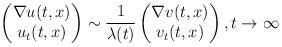
LaTeX: \begin{align*} \begin{pmatrix} \nabla u(t,x) \\ u_t(t,x) \end{pmatrix} \sim \frac1{\lambda(t)} \begin{pmatrix} \nabla v(t,x) \\ v_t(t,x) \end{pmatrix},t\to\infty\end{align*}